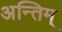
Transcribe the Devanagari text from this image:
अन्तिम्